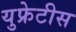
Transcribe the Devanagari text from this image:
युफ्रेटीस